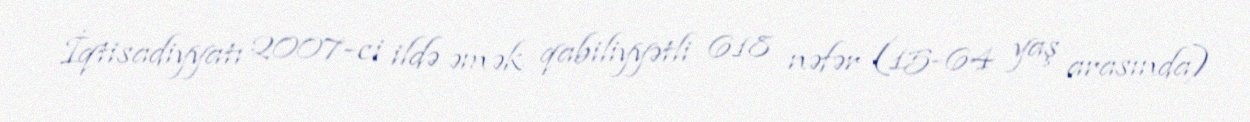
İqtisadiyyatı 2007-ci ildə əmək qabiliyyətli 618 nəfər (15-64 yaş arasında)